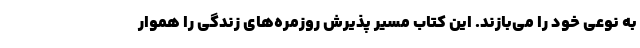
به نوعی خود را می‌بازند. این کتاب مسیر پذیرش روزمره‌های زندگی را هموار